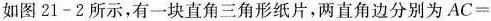
如图21-2所示，有一块直角三角形纸片，两直角边分别为AC=